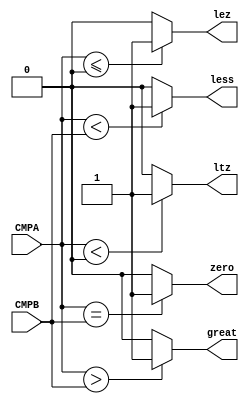
`timescale 1ns / 1ps
//////////////////////////////////////////////////////////////////////////////////
// Company: 
// Engineer: 
// 
// Design Name: 
// Module Name:    stage_D 
// Project Name: 
// Target Devices: 
// Tool versions: 
// Description: 
//
// Dependencies: 
//
// Revision: 
// Revision 0.01 - File Created
// Additional Comments: 
//
//////////////////////////////////////////////////////////////////////////////////
module CMP(
    input [31:0] CMPA,
    input [31:0] CMPB,
    output zero,
    output great,
    output less,
	 output lez,
	 output ltz
    );
wire [31:0] z;
assign z = 32'h0;
assign great = ($signed(CMPA) > $signed(CMPB))	?	1	:	0;
assign zero = 	($signed(CMPA) == $signed(CMPB))	?	1	:	0;
assign less = 	($signed(CMPA) < $signed(CMPB))	?	1	:	0;
assign lez = 	($signed(CMPA) <= $signed(z))		?	1	:	0;
assign ltz = 	($signed(CMPA) < $signed(z))		?	1	:	0;
endmodule